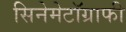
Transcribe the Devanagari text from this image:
सिनेमेटॉग्राफी